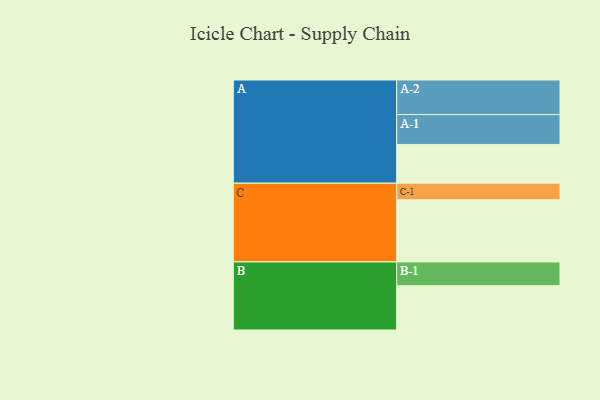
{"axis": {"x": "Segment", "y": "Value"}, "legend": ["", "A", "B", "C"], "data": [{"x": "A", "y": 323, "type": ""}, {"x": "B", "y": 369, "type": ""}, {"x": "C", "y": 518, "type": ""}, {"x": "A-1", "y": 249, "type": "A"}, {"x": "A-2", "y": 288, "type": "A"}, {"x": "B-1", "y": 198, "type": "B"}, {"x": "C-1", "y": 138, "type": "C"}]}